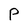
Character: P